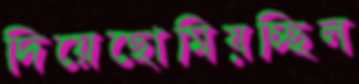
দিয়েছোমিয়চ্ছিল